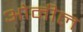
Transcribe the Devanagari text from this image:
ओनील